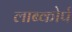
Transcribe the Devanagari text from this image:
लाब्कोर्प